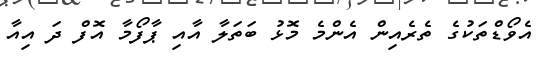
އެވޯޑްތަކުގެ ތެރެއިން އެންމެ މޮޅު ބަތަލާ އާއި ޕާފޯމާ އޮފް ދަ އިއާ